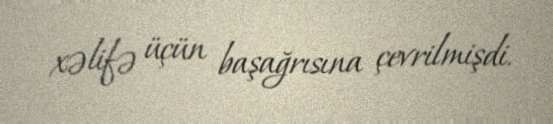
xəlifə üçün başağrısına çevrilmişdi.